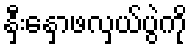
နှီးနှောဖလှယ်ပွဲကို